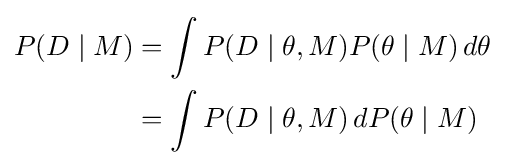
{\begin{aligned}P(D\mid M)&=\int P(D\mid \theta ,M)P(\theta \mid M)\,d\theta \\&=\int P(D\mid \theta ,M)\,dP(\theta \mid M)\end{aligned}}